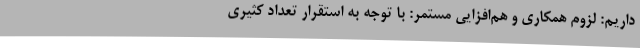
‌داریم: لزوم همکاری و هم‌افزایی مستمر: با توجه به استقرار تعداد کثیری